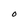
Character: O